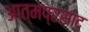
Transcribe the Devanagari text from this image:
आत्मप्रसाद